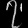
Digit: ၇